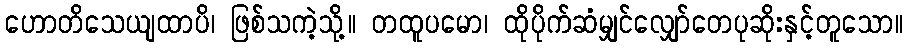
ဟောတိသေယျထာပိ၊ ဖြစ်သကဲ့သို့။ တထူပမော၊ ထိုပိုက်ဆံမျှင်လျှော်တေပုဆိုးနှင့်တူသော။